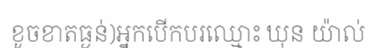
ខូចខាតធ្ងន់)អ្នកបើកបរឈ្មោះ ឃុន យ៉ាល់